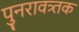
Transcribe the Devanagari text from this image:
पुनरावत्र्तक